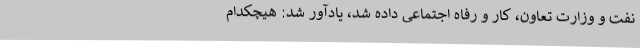
نفت و وزارت تعاون، کار و رفاه اجتماعی داده شد، یادآور شد: هیچکدام